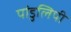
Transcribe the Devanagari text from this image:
पांडुलिपी